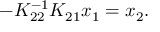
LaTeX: - K _ { 2 2 } ^ { - 1 } K _ { 2 1 } x _ { 1 } = x _ { 2 } .